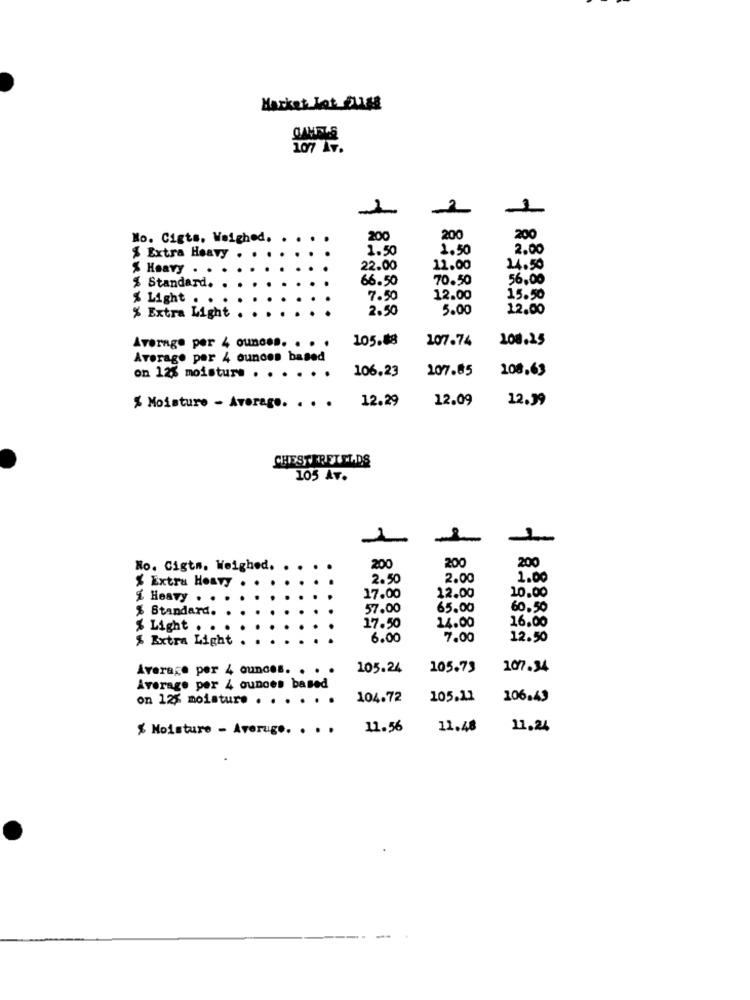
Market Lot Just
107 Av.
1
-1
No. Cigts. Weighed ..
200
200
200
1.50
1.50
2.00
% Extra Heavy
$ Heavy .
22.00
11.00
14.50
66.50
70.50
56,00
% Standard.
% Light .
7.50
12.00
15.50
2.50
5.00
12.00
% Extra Light
105.88
107.74
108.15
Average per 4 ounces. . . .
Average per 4 ounces based
106.23
107.85
108.63
on 123 moisture . . . . . .
12.29
12.09
12.39
% Moisture - Average. . . .
CHESTERETELDS
105 Av.
200
200
No. Cigts. Weighed.
200
2.50
2.00
1.00
Extra Heavy
10.00
i Heavy .
17.00
12.00
% Standard.
57.00
65.00
60.50
17.50
14.00
16.00
% Light . .
$ Extra Light
6.00
7.00
12.50
Average per 4 ounces. . .
105.24
105.73
107.34
Average per 4 ounces based
on 125 moistur. . . . . . .
104.72
105.11
106.43
% Moisture - Averuge. . . .
11.56
11.48
11.24